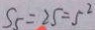
S _ { 5 } = 2 5 = 5 ^ { 2 }